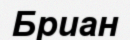
Бриан